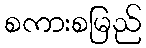
စကားစမြည်